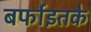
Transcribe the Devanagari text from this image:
बर्फाइतके